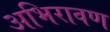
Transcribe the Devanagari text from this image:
अभिरावण